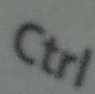
Ctrl